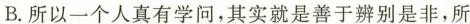
B.所以一个人真有学问，其实就是善于辨别是非，所